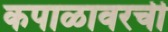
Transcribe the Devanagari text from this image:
कपाळावरची